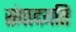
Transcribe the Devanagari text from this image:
संपादयति